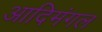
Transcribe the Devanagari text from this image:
आदिमंगल